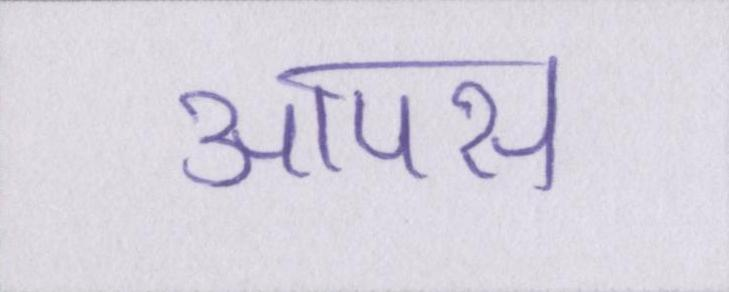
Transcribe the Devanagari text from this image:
आपस